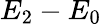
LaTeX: E_{2}-E_{0}